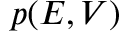
p ( E , V )